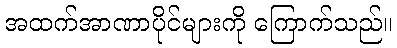
အထက်အာဏာပိုင်များကို ကြောက်သည်။